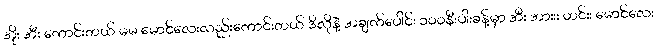
အိုး အီး ကောင်းတယ် မမ မောင်လေးလည်းကောင်းတယ် ဒီလိုနဲ့ အချက်ပေါင်း ၁၀၀နီးပါးခန့်မှာ အီး အားးး ဟင်းး မောင်လေး